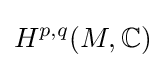
H^{p,q}(M,\mathbb {C} )